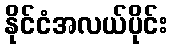
နိုင်ငံအလယ်ပိုင်း